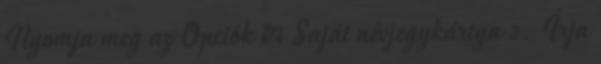
Nyomja meg az Opciók → Saját névjegykártya 3. Írja